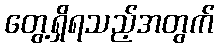
တွေ့ရှိရသည့်အတွက်